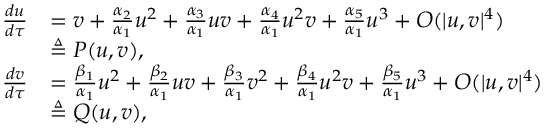
\begin{array} { r l } { \frac { d u } { d \tau } } & { = v + \frac { \alpha _ { 2 } } { \alpha _ { 1 } } u ^ { 2 } + \frac { \alpha _ { 3 } } { \alpha _ { 1 } } u v + \frac { \alpha _ { 4 } } { \alpha _ { 1 } } u ^ { 2 } v + \frac { \alpha _ { 5 } } { \alpha _ { 1 } } u ^ { 3 } + O ( { | u , v | ^ { 4 } } ) } \\ & { \triangleq P ( u , v ) , } \\ { \frac { d v } { d \tau } } & { = \frac { \beta _ { 1 } } { \alpha _ { 1 } } u ^ { 2 } + \frac { \beta _ { 2 } } { \alpha _ { 1 } } u v + \frac { \beta _ { 3 } } { \alpha _ { 1 } } v ^ { 2 } + \frac { \beta _ { 4 } } { \alpha _ { 1 } } u ^ { 2 } v + \frac { \beta _ { 5 } } { \alpha _ { 1 } } u ^ { 3 } + O ( { | u , v | ^ { 4 } } ) } \\ & { \triangleq Q ( u , v ) , } \end{array}